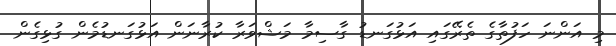
މި އަންނަ ހަފުތާގެ ތެރޭގައި އަޅުގަނޑު ގާސިމާ މަޝްވަރާ ކުރާނަން އަޅުގަނޑުމެން ގުޅިގެން